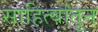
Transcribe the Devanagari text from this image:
साहित्यांतून